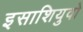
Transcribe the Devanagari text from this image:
इसाशियुवो